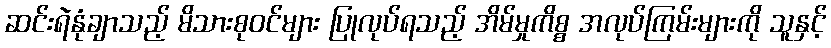
ဆင်းရဲနုံချာသည့် မိသားစုဝင်များ ပြုလုပ်ရသည့် အိမ်မှုကိစ္စ အလုပ်ကြမ်းများကို သူနှင့်